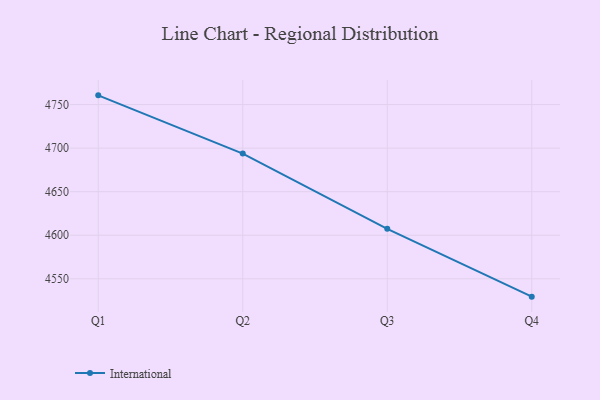
{"axis": {"x": "Quarter", "y": "Population (Million)"}, "legend": ["International"], "data": [{"x": "Q1", "y": 4760.6, "type": "International"}, {"x": "Q2", "y": 4693.7, "type": "International"}, {"x": "Q3", "y": 4607.4, "type": "International"}, {"x": "Q4", "y": 4529.5, "type": "International"}]}